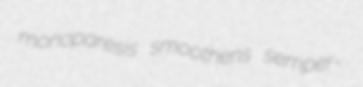
monoparesis smoothens semper-